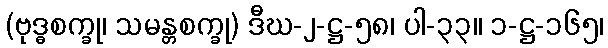
(ဗုဒ္ဓစက္ခု၊ သမန္တစက္ခု) ဒီဃ-၂-ဋ္ဌ-၅၈၊ ပါ-၃၃။ ၁-ဋ္ဌ-၁၆၅၊